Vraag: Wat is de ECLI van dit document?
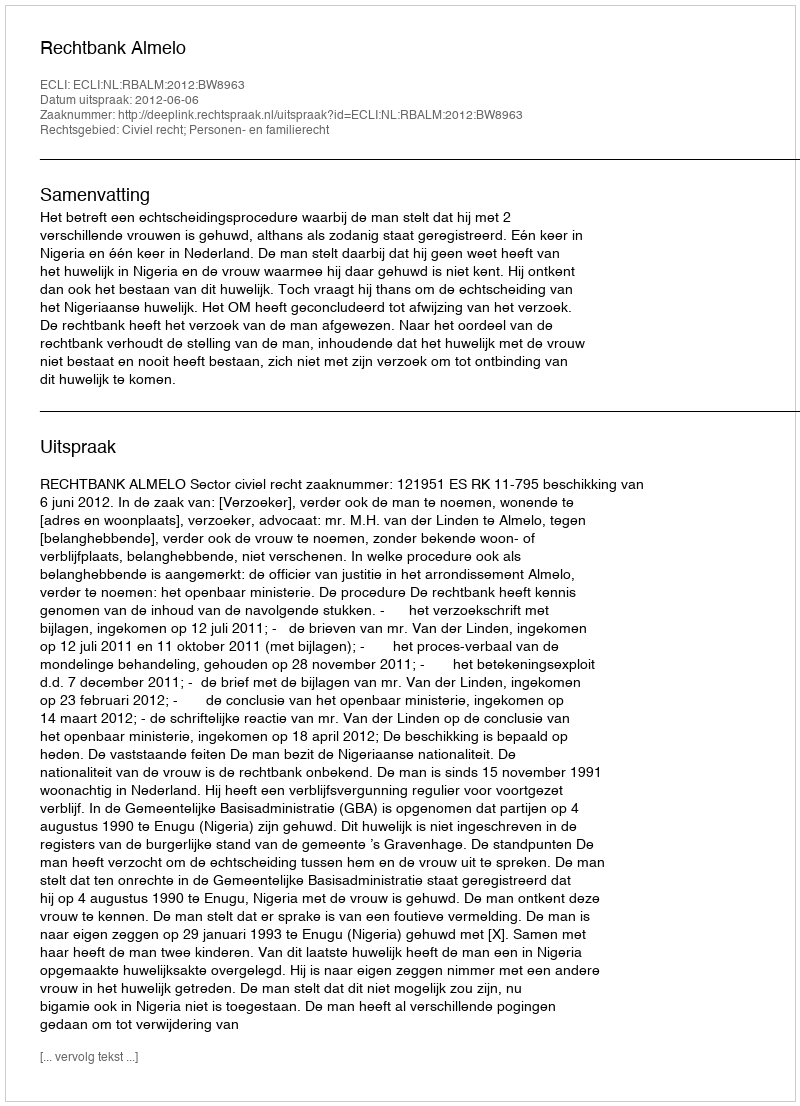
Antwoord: ECLI:NL:RBALM:2012:BW8963